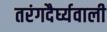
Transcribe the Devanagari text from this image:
तरंगदैर्घ्यवाली